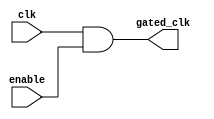
module clock_gating_cell (
    input wire clk,          // Global clock signal
    input wire enable,       // Enable signal for clock gating
    output wire gated_clk    // Gated clock output
);
    // Clock gating logic using AND gate
    assign gated_clk = clk & enable; // Gated clock is the AND of clk and enable
endmodule